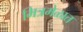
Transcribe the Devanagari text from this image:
मित्रमेळात